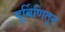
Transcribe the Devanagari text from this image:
दूर्बिणितून